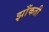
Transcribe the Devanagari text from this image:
झाँकती